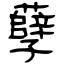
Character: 孽